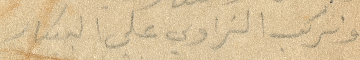
ونركب الزاوي على البيكار